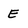
Character: E